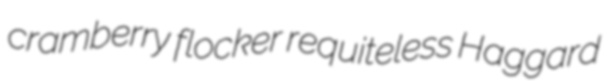
cramberry flocker requiteless Haggard